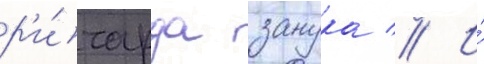
р'и́чарда занука // И́